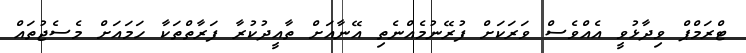
ޓްރަމްޕް ވިދާޅުވީ އެއްވެސް ވަރަކަށް ފުރޭނުމެއްނެތި އޭނާއަށް ތާއީދުކުރާ ފަރާތްތަކާ ހަމައަށް މެސެޖުތައް